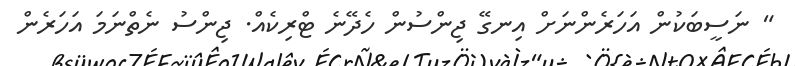
" ނަސީބަކުން އަހަރެންނަށް އިނގޭ ޖިންސުން ހެދޭނެ ޓްރިކެއް. ޖިންސު ނެތްނަމަ އަހަރެން